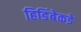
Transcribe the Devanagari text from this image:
हिडिंबेकडे